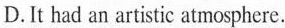
D.It had an artistic atmosphere.